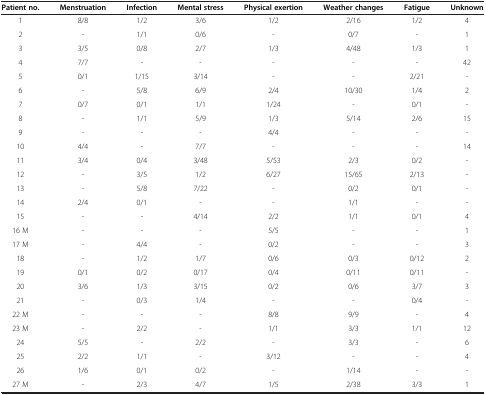
<table><thead><tr><td><b>Patient no.</b></td><td><b>Menstruation</b></td><td><b>Infection</b></td><td><b>Mental stress</b></td><td><b>Physical exertion</b></td><td><b>Weather changes</b></td><td><b>Fatigue</b></td><td><b>Unknown</b></td></tr></thead><tbody><tr><td>1</td><td>8/8</td><td>1/2</td><td>3/6</td><td>1/2</td><td>2/16</td><td>1/2</td><td>4</td></tr><tr><td>2</td><td>-</td><td>1/1</td><td>0/6</td><td>-</td><td>0/7</td><td>-</td><td>1</td></tr><tr><td>3</td><td>3/5</td><td>0/8</td><td>2/7</td><td>1/3</td><td>4/48</td><td>1/3</td><td>1</td></tr><tr><td>4</td><td>7/7</td><td>-</td><td>-</td><td>-</td><td>-</td><td>-</td><td>42</td></tr><tr><td>5</td><td>0/1</td><td>1/15</td><td>3/14</td><td>-</td><td>-</td><td>2/21</td><td>-</td></tr><tr><td>6</td><td>-</td><td>5/8</td><td>6/9</td><td>2/4</td><td>10/30</td><td>1/4</td><td>2</td></tr><tr><td>7</td><td>0/7</td><td>0/1</td><td>1/1</td><td>1/24</td><td>-</td><td>0/1</td><td>-</td></tr><tr><td>8</td><td>-</td><td>1/1</td><td>5/9</td><td>1/3</td><td>5/14</td><td>2/6</td><td>15</td></tr><tr><td>9</td><td>-</td><td>-</td><td>-</td><td>4/4</td><td>-</td><td>-</td><td>-</td></tr><tr><td>10</td><td>4/4</td><td>-</td><td>7/7</td><td>-</td><td>-</td><td>-</td><td>14</td></tr><tr><td>11</td><td>3/4</td><td>0/4</td><td>3/48</td><td>5/53</td><td>2/3</td><td>0/2</td><td>-</td></tr><tr><td>12</td><td>-</td><td>3/5</td><td>1/2</td><td>6/27</td><td>15/65</td><td>2/13</td><td>-</td></tr><tr><td>13</td><td>-</td><td>5/8</td><td>7/22</td><td>-</td><td>0/2</td><td>0/1</td><td>-</td></tr><tr><td>14</td><td>2/4</td><td>0/1</td><td>-</td><td>-</td><td>1/1</td><td>-</td><td>-</td></tr><tr><td>15</td><td>-</td><td>-</td><td>4/14</td><td>2/2</td><td>1/1</td><td>0/1</td><td>4</td></tr><tr><td>16 M</td><td>-</td><td>-</td><td>-</td><td>5/5</td><td>-</td><td>-</td><td>1</td></tr><tr><td>17 M</td><td>-</td><td>4/4</td><td>-</td><td>0/2</td><td>-</td><td>-</td><td>3</td></tr><tr><td>18</td><td>-</td><td>1/2</td><td>1/7</td><td>0/6</td><td>0/3</td><td>0/12</td><td>2</td></tr><tr><td>19</td><td>0/1</td><td>0/2</td><td>0/17</td><td>0/4</td><td>0/11</td><td>0/11</td><td>-</td></tr><tr><td>20</td><td>3/6</td><td>1/3</td><td>3/15</td><td>0/2</td><td>0/6</td><td>3/7</td><td>3</td></tr><tr><td>21</td><td>-</td><td>0/3</td><td>1/4</td><td>-</td><td>-</td><td>0/4</td><td>-</td></tr><tr><td>22 M</td><td>-</td><td>-</td><td>-</td><td>8/8</td><td>9/9</td><td>-</td><td>4</td></tr><tr><td>23 M</td><td>-</td><td>2/2</td><td>-</td><td>1/1</td><td>3/3</td><td>1/1</td><td>12</td></tr><tr><td>24</td><td>5/5</td><td>-</td><td>2/2</td><td>-</td><td>3/3</td><td>-</td><td>6</td></tr><tr><td>25</td><td>2/2</td><td>1/1</td><td>-</td><td>3/12</td><td>-</td><td>-</td><td>4</td></tr><tr><td>26</td><td>1/6</td><td>0/1</td><td>0/2</td><td>-</td><td>1/14</td><td>-</td><td>-</td></tr><tr><td>27 M</td><td>-</td><td>2/3</td><td>4/7</td><td>1/5</td><td>2/38</td><td>3/3</td><td>1</td></tr></tbody></table>